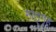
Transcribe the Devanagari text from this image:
मातृगृह